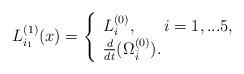
LaTeX: \begin{align*}L_{i_1}^{(1)}(x)=\left\{\begin{array}{ll}L_i^{(0)},\ ~~~~i=1,...5,\\\frac{d}{dt}(\Omega^{(0)}_{\bar i}).\end{array}\right.\end{align*}